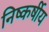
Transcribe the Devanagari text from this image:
निष्कर्षीय